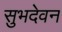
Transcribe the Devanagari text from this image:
सुभदेवन